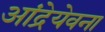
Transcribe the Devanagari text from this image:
आंद्रेयेवना